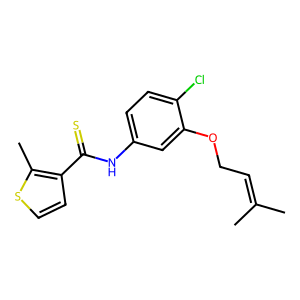
SMILES: CC(C)=CCOc1cc(NC(=S)c2ccsc2C)ccc1Cl
Inhibits HIV replication: Yes